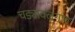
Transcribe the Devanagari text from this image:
चड्यावलगांव